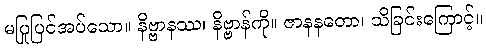
မပြုပြင်အပ်သော။ နိဗ္ဗာနဿ၊ နိဗ္ဗာန်ကို။ ဇာနနတော၊ သိခြင်းကြောင့်။